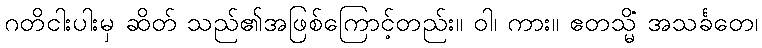
ဂတိငါးပါးမှ ဆိတ် သည်၏အဖြစ်ကြောင့်တည်း။ ဝါ၊ ကား။ ဧတသ္မိံ အသင်္ခတေ၊